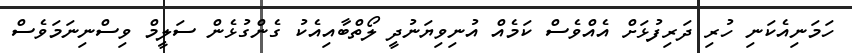
ހަމަނިއެކަނި ހުރި ދަރިފުޅަށް އެއްވެސް ކަމެއް އުނިވިޔަނުދީ ލޯތްބާއިއެކު ގެންގުޅެން ސަލީމް ވިސްނިނަމަވެސް